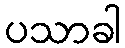
ပသာခါ